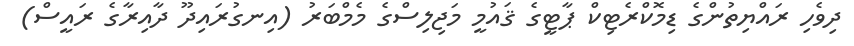
ދިވެހި ރައްޔިތުންގެ ޑިމޮކްރެޓިކް ޕާޓީގެ ޤައުމީ މަޖިލިސްގެ މެމްބަރު (އިނގުރައިދޫ ދާއިރާގެ ރައީސް)